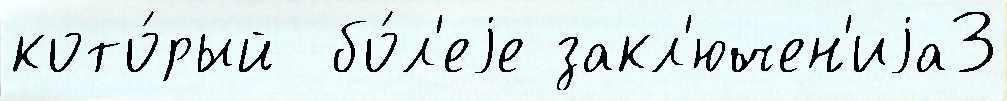
кото́рый  бо́л'еjе закл'ючен'иjа3